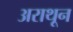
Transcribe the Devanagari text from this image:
अराथून